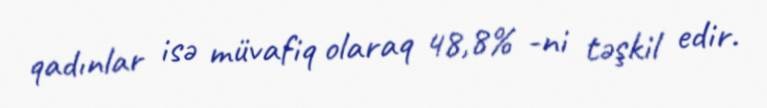
qadınlar isə müvafiq olaraq 48,8% -ni təşkil edir.